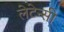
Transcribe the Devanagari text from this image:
लेटेन्सी